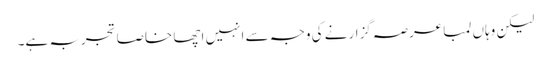
لیکن وہاں لمبا عرصہ گزارنے کی وجہ سے انہیں اچھا خاصا تجربہ ہے۔